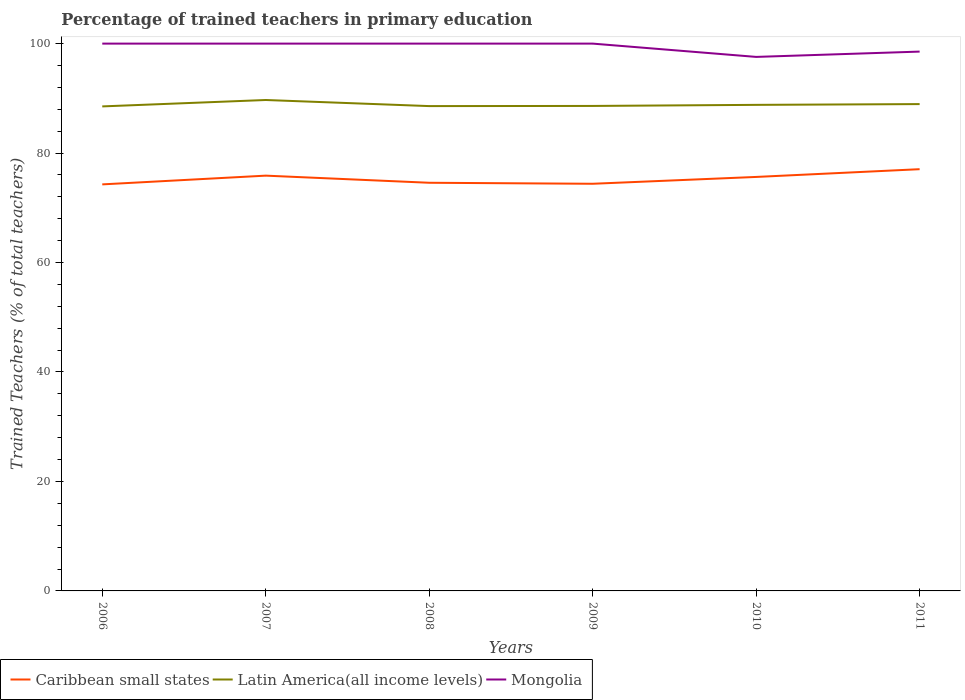
| Years | Caribbean small states | Latin America(all income levels) | Mongolia |
 | --- | --- | --- | --- |
 | 2006 | 74.3 | 88.5 | 100 |
 | 2007 | 75.9 | 89.7 | 100 |
 | 2008 | 74.6 | 88.6 | 100 |
 | 2009 | 74.4 | 88.6 | 100 |
 | 2010 | 75.6 | 88.8 | 97.6 |
 | 2011 | 77.1 | 88.9 | 98.5 |